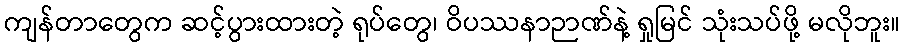
ကျန်တာတွေက ဆင့်ပွားထားတဲ့ ရုပ်တွေ၊ ဝိပဿနာဉာဏ်နဲ့ ရှုမြင် သုံးသပ်ဖို့ မလိုဘူး။